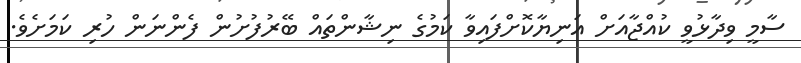
ސާމީ ވިދާޅުވީ ކުއްޖާއަށް އަނިޔާކޮށްފައިވާ ކަމުގެ ނިޝާންތައް ބޭރުފުށުން ފެންނަން ހުރި ކަމަށެވެ.